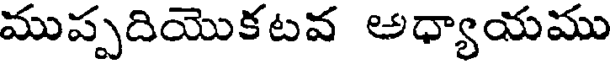
ముప్పదియొకటవ అధ్యాయము